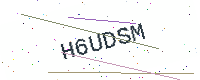
Text: H6UDSM